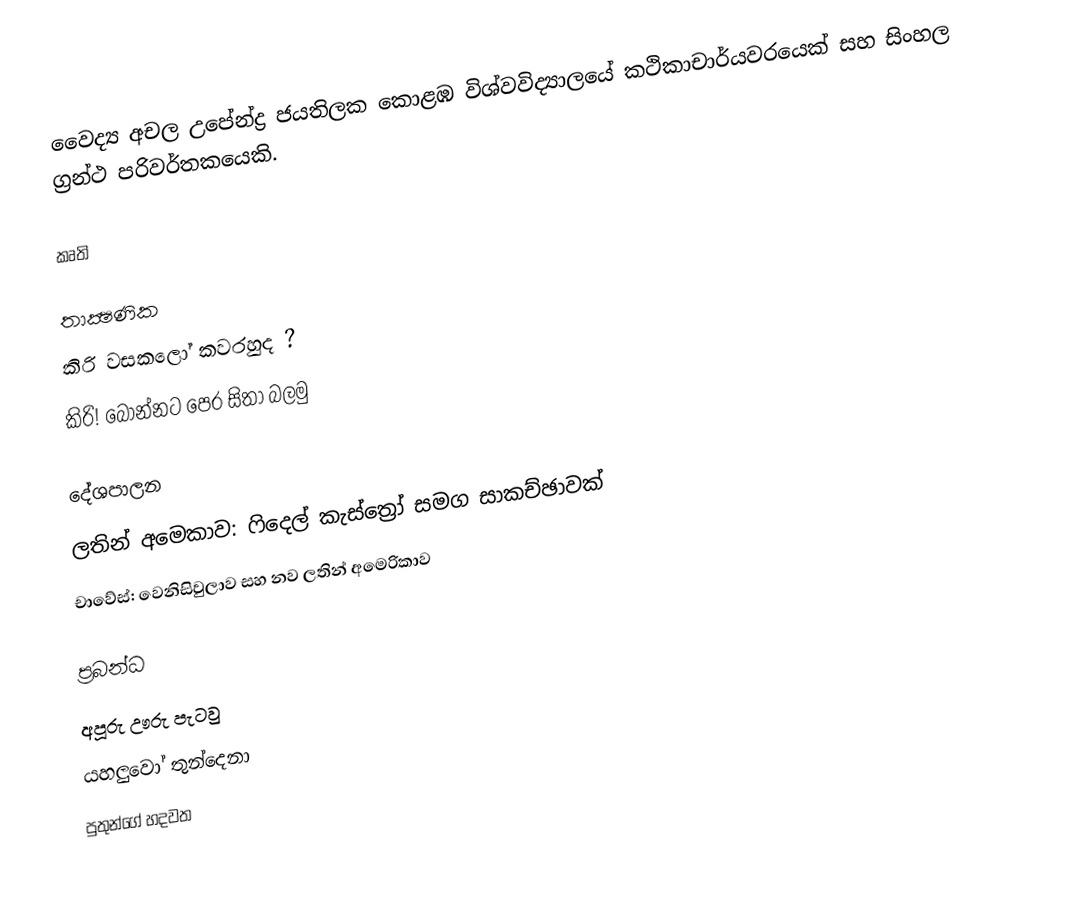
වෛද්‍ය අචල උපේන්ද්‍ර ජයතිලක කොළඹ විශ්වවිද්‍යාලයේ කථිකාචාර්යවරයෙක් සහ සිංහල ග්‍රන්ථ පරිවර්තකයෙකි.

කෘති

තාක්‍ෂණික
 කිරි වසකලෝ කවරහුද ?
 කිරි! බොන්නට පෙර සිතා බලමු

දේශපාලන
 ලතින් අමෙකාව: ෆිදෙල් කැස්ත්‍රෝ සමග සාකච්ඡාවක්
 චාවේස්: වෙනිසිවුලාව සහ නව ලතින් අමෙරිකාව

ප්‍රබන්ධ
 අපූරු ඌරු පැටවු
 යහලුවෝ තුන්දෙනා
 පුතුන්ගේ හදවත